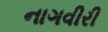
નાગવીરી